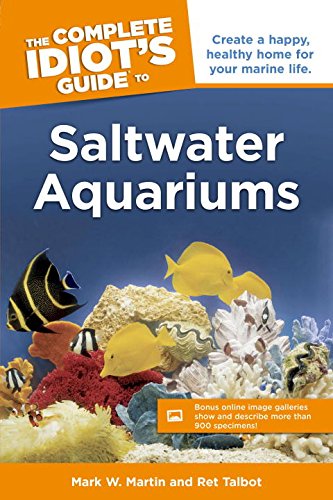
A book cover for The Complete Idiot's Guide to Saltwater Aquariums (Idiot's Guides); Mark W. Martin; Crafts, Hobbies & Home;